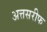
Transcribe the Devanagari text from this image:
अत्तसरीफ